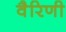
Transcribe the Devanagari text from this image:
वैरिणी